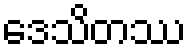
ဒေသိတဿ